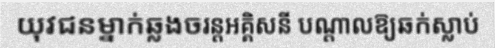
យុវជនម្នាក់ឆ្លងចរន្តអគ្គិសនី បណ្តាលឱ្យឆក់ស្លាប់